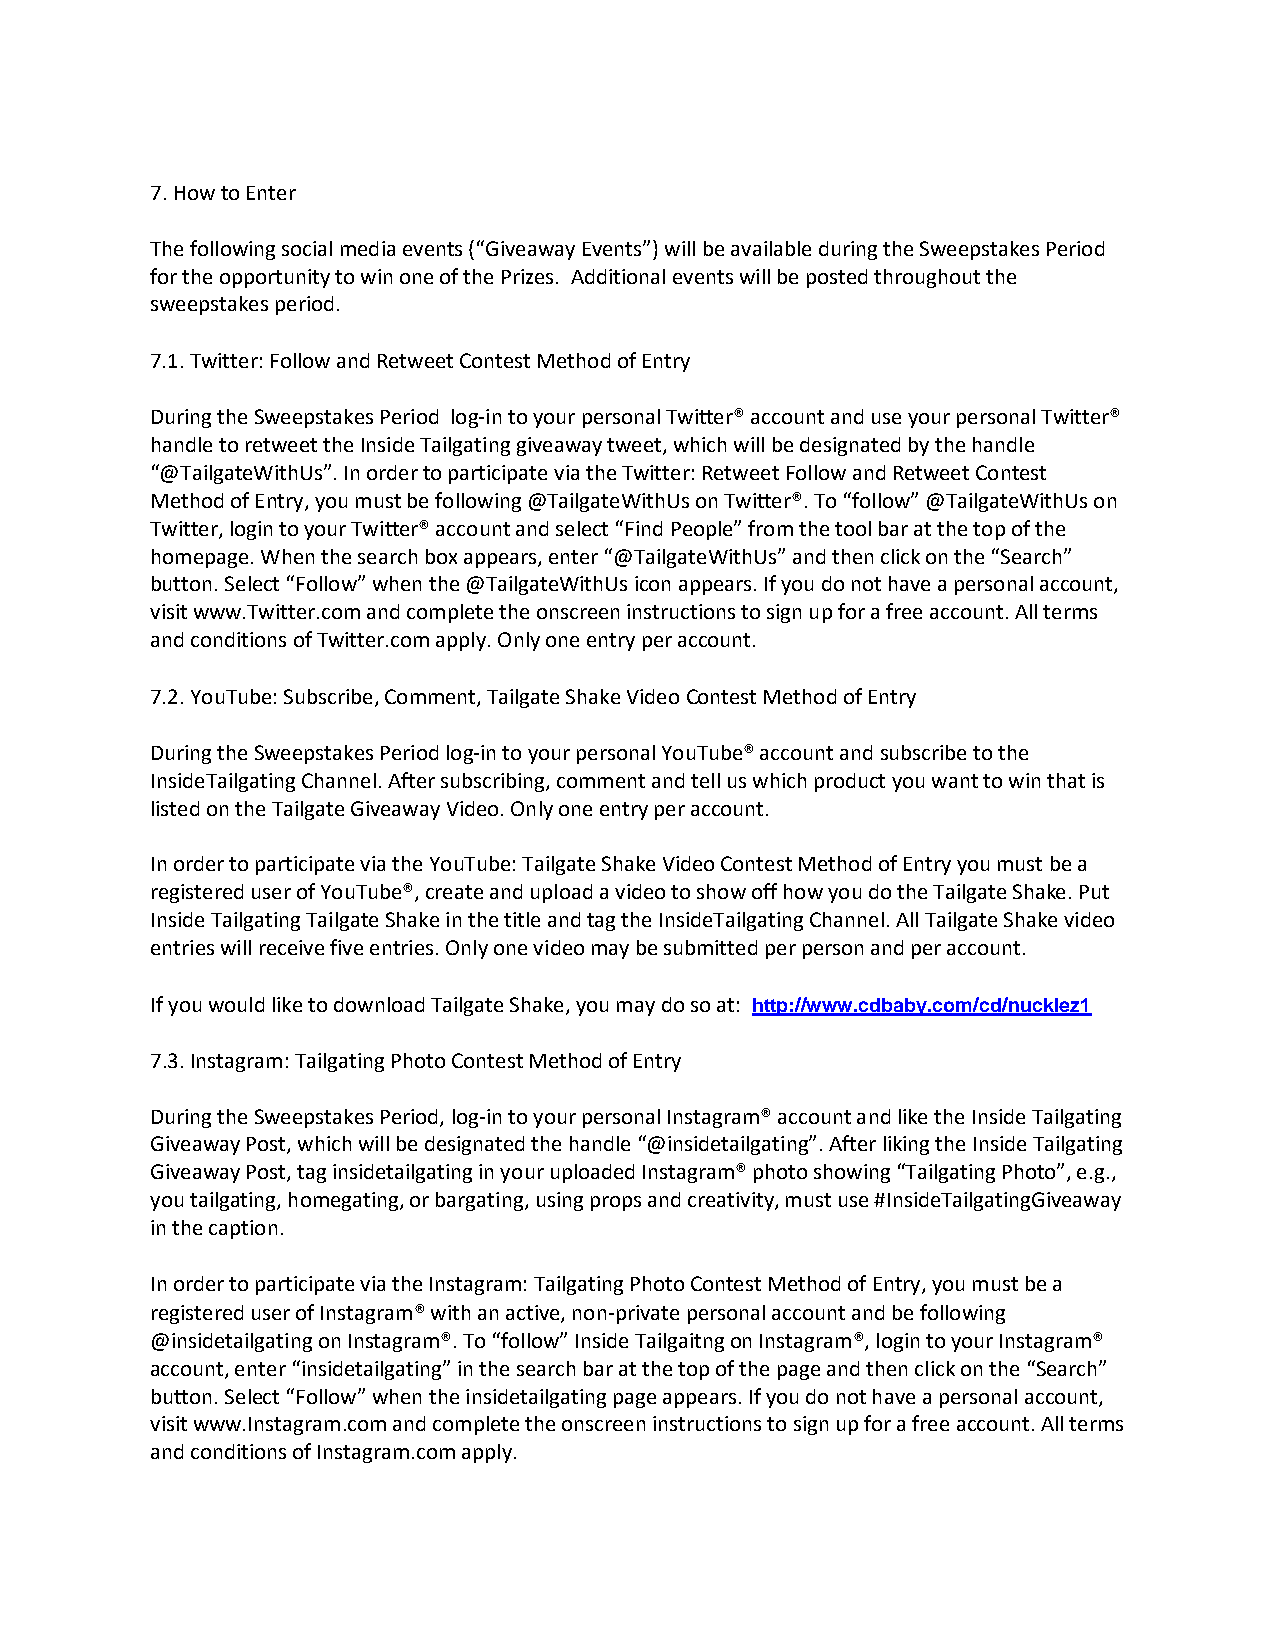
7. How to Enter
 The following social media events (“Giveaway Events”) will be available during the Sweepstakes Period
 for the opportunity to win one of the Prizes. Additional events will be posted throughout the
 sweepstakes period.
 7.1. Twitter: Follow and Retweet Contest Method of Entry
 During the Sweepstakes Period log-in to your personal Twitter® account and use your personal Twitter®
 handle to retweet the Inside Tailgating giveaway tweet, which will be designated by the handle
 “@TailgateWithUs”. In order to participate via the Twitter: Retweet Follow and Retweet Contest
 Method of Entry, you must be following @TailgateWithUs on Twitter®. To “follow” @TailgateWithUs on
 Twitter, login to your Twitter® account and select “Find People” from the tool bar at the top of the
 homepage. When the search box appears, enter “@TailgateWithUs” and then click on the “Search”
 button. Select “Follow” when the @TailgateWithUs icon appears. If you do not have a personal account,
 visit www.Twitter.com and complete the onscreen instructions to sign up for a free account. All terms
 and conditions of Twitter.com apply. Only one entry per account.
 7.2. YouTube: Subscribe, Comment, Tailgate Shake Video Contest Method of Entry
 During the Sweepstakes Period log-in to your personal YouTube® account and subscribe to the
 InsideTailgating Channel. After subscribing, comment and tell us which product you want to win that is
 listed on the Tailgate Giveaway Video. Only one entry per account.
 In order to participate via the YouTube: Tailgate Shake Video Contest Method of Entry you must be a
 registered user of YouTube®, create and upload a video to show off how you do the Tailgate Shake. Put
 Inside Tailgating Tailgate Shake in the title and tag the InsideTailgating Channel. All Tailgate Shake video
 entries will receive five entries. Only one video may be submitted per person and per account.
 If you would like to download Tailgate Shake, you may do so at: http://www.cdbaby.com/cd/nucklez1
 7.3. Instagram: Tailgating Photo Contest Method of Entry
 During the Sweepstakes Period, log-in to your personal Instagram® account and like the Inside Tailgating
 Giveaway Post, which will be designated the handle “@insidetailgating”. After liking the Inside Tailgating
 Giveaway Post, tag insidetailgating in your uploaded Instagram® photo showing “Tailgating Photo”, e.g.,
 you tailgating, homegating, or bargating, using props and creativity, must use #InsideTailgatingGiveaway
 in the caption.
 In order to participate via the Instagram: Tailgating Photo Contest Method of Entry, you must be a
 registered user of Instagram® with an active, non-private personal account and be following
 @insidetailgating on Instagram®. To “follow” Inside Tailgaitng on Instagram®, login to your Instagram®
 account, enter “insidetailgating” in the search bar at the top of the page and then click on the “Search”
 button. Select “Follow” when the insidetailgating page appears. If you do not have a personal account,
 visit www.Instagram.com and complete the onscreen instructions to sign up for a free account. All terms
 and conditions of Instagram.com apply.